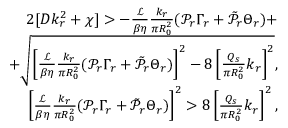
\begin{array} { r } { 2 [ D k _ { r } ^ { 2 } + \chi ] > - \frac { \mathcal { L } } { \beta \eta } \frac { k _ { r } } { \pi R _ { 0 } ^ { 2 } } ( \mathcal { P } _ { r } \Gamma _ { r } + \tilde { \mathcal { P } } _ { r } \Theta _ { r } ) + } \\ { + \sqrt { \left[ \frac { \mathcal { L } } { \beta \eta } \frac { k _ { r } } { \pi R _ { 0 } ^ { 2 } } ( \mathcal { P } _ { r } \Gamma _ { r } + \tilde { \mathcal { P } } _ { r } \Theta _ { r } ) \right] ^ { 2 } - 8 \left[ \frac { Q _ { s } } { \pi R _ { 0 } ^ { 2 } } k _ { r } \right] ^ { 2 } } , } \\ { \left[ \frac { \mathcal { L } } { \beta \eta } \frac { k _ { r } } { \pi R _ { 0 } ^ { 2 } } ( \mathcal { P } _ { r } \Gamma _ { r } + \tilde { \mathcal { P } } _ { r } \Theta _ { r } ) \right] ^ { 2 } > 8 \left[ \frac { Q _ { s } } { \pi R _ { 0 } ^ { 2 } } k _ { r } \right] ^ { 2 } , } \end{array}